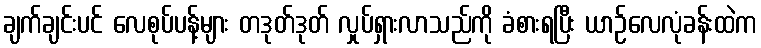
ချက်ချင်းပင် လေစုပ်ပန့်များ တဒုတ်ဒုတ် လှုပ်ရှားလာသည်ကို ခံစားရပြီး ယာဉ်လေလုံခန်းထဲက